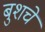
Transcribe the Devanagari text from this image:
बुशचे